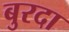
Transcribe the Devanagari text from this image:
बुरदा